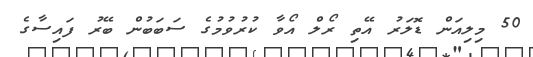
50 މިލިއަން ޑޮލަރު އޭތި ރޯލް އޯވާ ކުރުވުމުގެ ސަބަބުން ބޭރު ފައިސާގެ